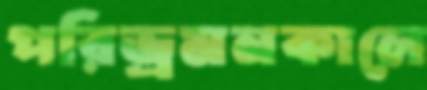
পরিভ্রমনকালে